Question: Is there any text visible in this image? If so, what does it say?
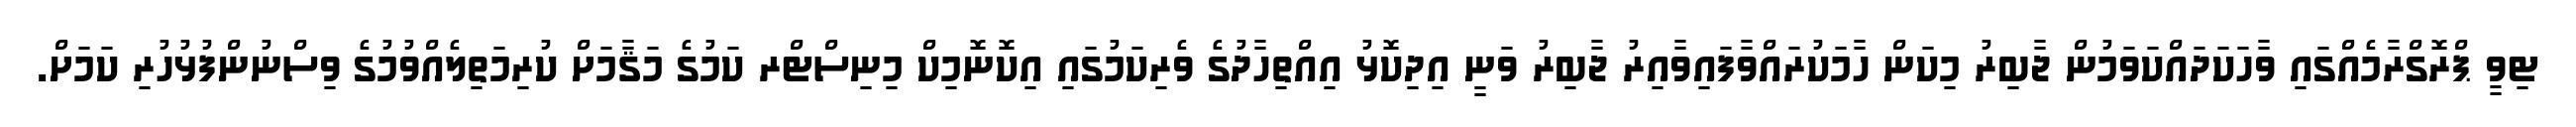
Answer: ޓިވީ ޕްރޮގްރާމެއްގައި ވާހަކަދައްކަވަމުން ޖާބިރު މިކަން ހާމަކުރައްވާފައިވާއިރު ޖާބިރު ވަނީ އިދިކޮޅު އިއްތިހާދުގެ ވެރިކަމުގައި އިކޮނޮމިކް މިނިސްޓްރ ކަމުގެ މަޤާމަށް ކުރިމަތިލެއްވުމުގެ ވިސްނުންފުޅުހުރި ކަމަށް.